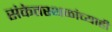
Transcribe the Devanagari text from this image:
संकेतस्थळांच्याही